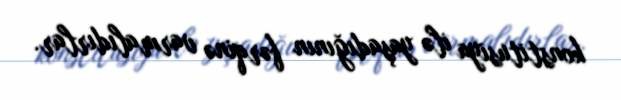
konstitusiya ilə yaşadığının fərqinə varmalıdırlar.